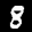
Label: 8